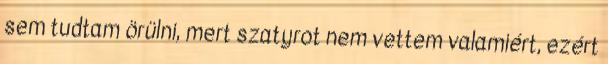
sem tudtam örülni, mert szatyrot nem vettem valamiért, ezért